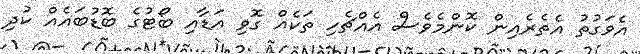
އެވަގުތު އެތެރެއިން ކޮންމެވެސް އެއްޗެހި ތަކެއް ގޮވި އަޑާއި ބޯޓުގެ ބޮޑުބައެއް ކުދި